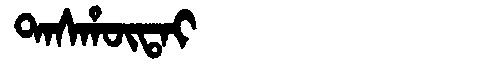
Manchu: ᡨᠠᠰᡥᡡᡨᠠᡳ
Romanization: TASHŪTAI